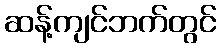
ဆန့်ကျင်ဘက်တွင်